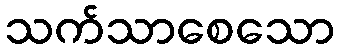
သက်သာစေသော